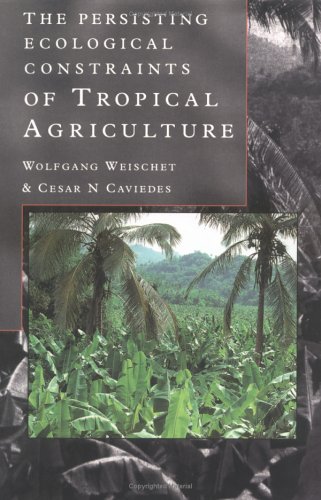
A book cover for Persisting Ecological Constraints of Tropical   Agriculture; Wolfgang Weischet; Science & Math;